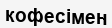
кофесімен